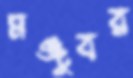
মঞ্জুবর